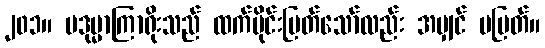
၂၀၁။ ပဒုမ္မာကြာရိုးသည် ထက်ပိုင်းပြတ်သော်လည်း အမျှင် မပြတ်။